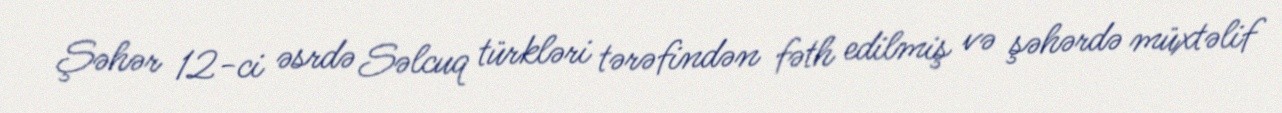
Şəhər 12-ci əsrdə Səlcuq türkləri tərəfindən fəth edilmiş və şəhərdə müxtəlif